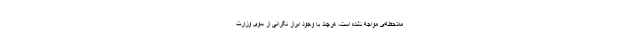
ملاحظه‌ای مواجه نشده است، هرچند با وجود ابراز نگرانی از سوی وزارت